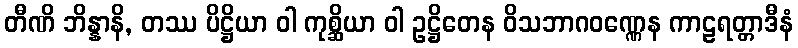
တီဏိ ဘိန္နာနိ, တဿ ပိဋ္ဌိယာ ဝါ ကုစ္ဆိယာ ဝါ ဥဋ္ဌိတေန ဝိသဘာဂဝဏ္ဏေန ကာဠရတ္တာဒီနံ